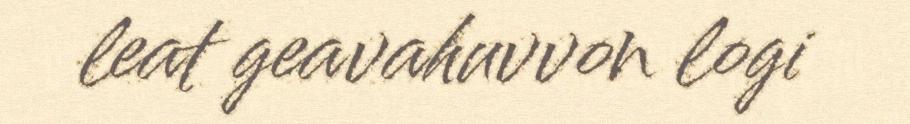
leat geavahuvvon logi